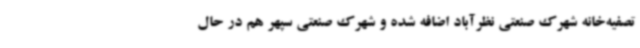
تصفیه‌خانه شهرک صنعتی نظرآباد اضافه شده و شهرک صنعتی سپهر هم در حال